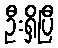
ဦးရှိပြီ